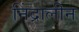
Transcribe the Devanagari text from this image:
निंद्रालीन